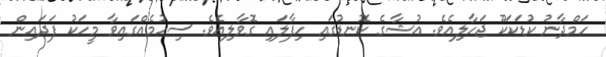
ހަމްދާނު ކުޑަކަކޫ ޖަހާލިއެވެ. އުޝާގެ ކޮނޑުގައި ހިފާލައި ގޮވާލިއެވެ. ސިހުމެއްގައިވާ މީހަކު ފަދައިން